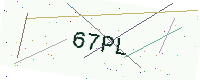
Text: 67PL